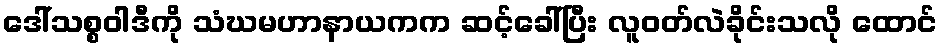
ဒေါ်သစ္စဝါဒီကို သံဃမဟာနာယကက ဆင့်ခေါ်ပြီး လူဝတ်လဲခိုင်းသလို ထောင်